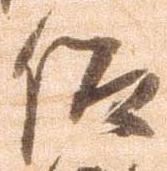
仰